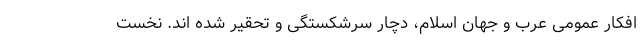
افکار عمومی عرب و جهان اسلام، دچار سرشکستگی و تحقیر شده اند. نخست